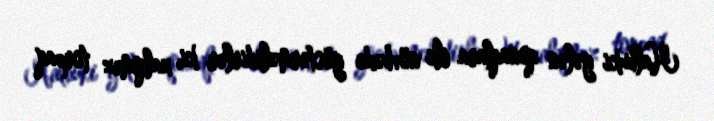
Halbuki gələn qonaqlara ilk növbədə göstərməlidirlər ki, xalqımız torpaq